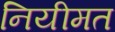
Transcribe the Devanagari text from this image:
नियीमत